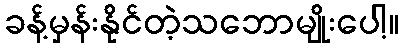
ခန့်မှန်းနိုင်တဲ့သဘောမျိုးပေါ့။